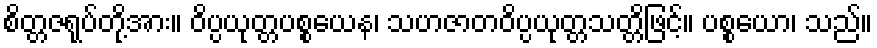
စိတ္တဇရုပ်တို့အား။ ဝိပ္ပယုတ္တပစ္စယေန၊ သဟဇာတဝိပ္ပယုတ္တသတ္တိဖြင့်။ ပစ္စယော၊ သည်။